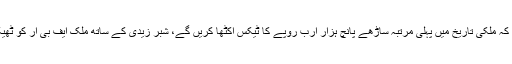
انہوں نے کہا کہ ملکی تاریخ میں پہلی مرتبہ ساڑھے پانچ ہزار ارب روپے کا ٹیکس اکٹھا کریں گے، شبر زیدی کے ساتھ ملک ایف بی آر کو ٹھیک کریں گے۔